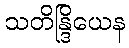
သတိန္ဒြိယေန